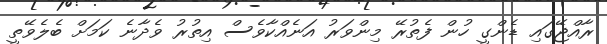
ރާއްޖޭގައި ޑެންގީ ހުން ފެތުރޭ މިންވަރު އަނެއްކާވެސް އިތުރު ވެދާނެ ކަމަށް ބެލެވޭތީ